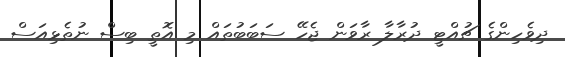
ދިވެހިންގެ ޗުއްޓީ ދުރާލާ ރާވަން ޖެހޭ ސަބަބުތައް މި އޮތީ ބިސް ނުތެޅިއަސް